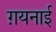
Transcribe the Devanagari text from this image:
ग़यनाई